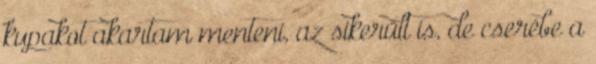
kupakot akartam menteni, az sikerült is, de cserébe a